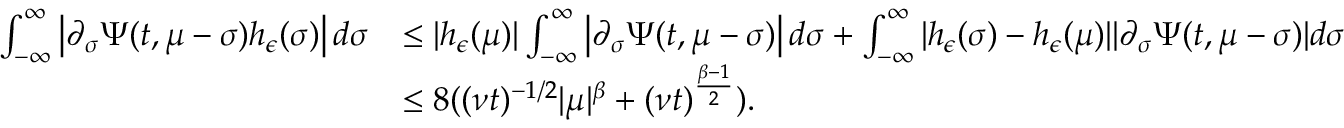
\begin{array} { r l } { \int _ { - \infty } ^ { \infty } \left| \partial _ { \sigma } \Psi ( t , \mu - \sigma ) h _ { \epsilon } ( \sigma ) \right| d \sigma } & { \leq | h _ { \epsilon } ( \mu ) | \int _ { - \infty } ^ { \infty } \left| \partial _ { \sigma } \Psi ( t , \mu - \sigma ) \right| d \sigma + \int _ { - \infty } ^ { \infty } | h _ { \epsilon } ( \sigma ) - h _ { \epsilon } ( \mu ) | | \partial _ { \sigma } \Psi ( t , \mu - \sigma ) | d \sigma } \\ & { \leq 8 ( ( \nu t ) ^ { - 1 / 2 } | \mu | ^ { \beta } + ( \nu t ) ^ { \frac { \beta - 1 } { 2 } } ) . } \end{array}